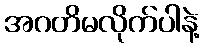
အဂတိမလိုက်ပါနဲ့